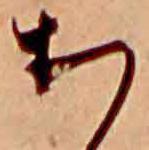
ち